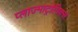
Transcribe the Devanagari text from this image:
प्लाज्माट्रोनिक्स